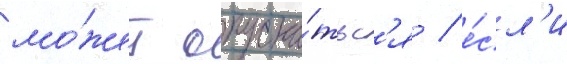
мо́жет опуска́тьс'я / е́сл'и